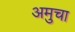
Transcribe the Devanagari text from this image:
अमुचा